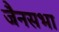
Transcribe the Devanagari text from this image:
जैनसभा